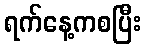
ရက်နေ့ကစပြီး